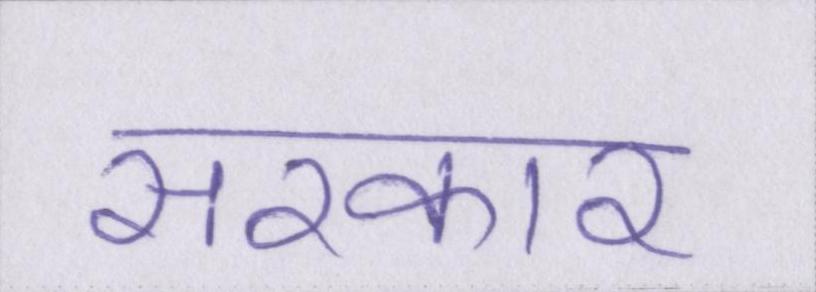
सरकार